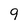
Character: 9